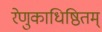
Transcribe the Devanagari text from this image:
रेणुकाधिष्ठितम्‌